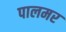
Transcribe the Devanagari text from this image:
पालमर